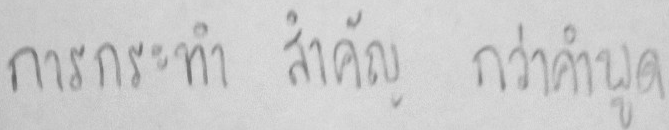
การกระทำ สำคัญ กว่าคำพูด